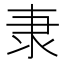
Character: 𮥴